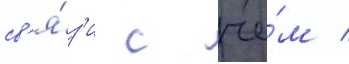
св'я́з'и с че́м /